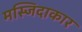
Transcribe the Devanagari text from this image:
मस्जिदाकार